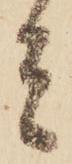
者